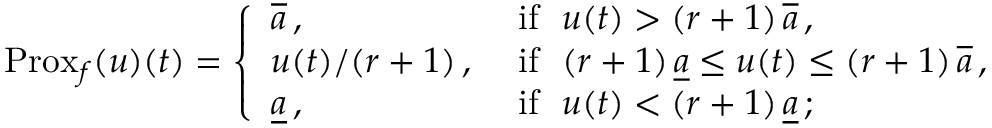
\ensuremath { \operatorname { P r o x } } _ { f } ( u ) ( t ) = \left\{ \begin{array} { l l } { \overline { { a } } \, , } & { \mathrm { ~ i f \ \ } u ( t ) > ( r + 1 ) \, \overline { { a } } \, , } \\ { u ( t ) / ( r + 1 ) \, , } & { \mathrm { ~ i f \ \ } ( r + 1 ) \, \underline { { a } } \le u ( t ) \le ( r + 1 ) \, \overline { { a } } \, , } \\ { \underline { { a } } \, , } & { \mathrm { ~ i f \ \ } u ( t ) < ( r + 1 ) \, \underline { { a } } \, ; } \end{array} \right.